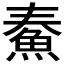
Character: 𩶓